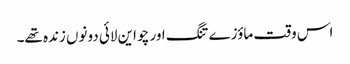
اس وقت ماؤزے تنگ اور چو این لائی دونوں زندہ تھے۔